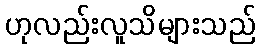
ဟုလည်းလူသိများသည်